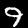
Digit: 9